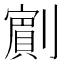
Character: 𭄗